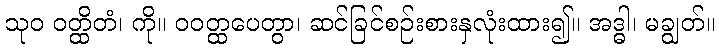
သုဝ ဝတ္ထိတံ၊ ကို။ ဝဝတ္ထပေတွာ၊ ဆင်ခြင်စဉ်းစားနှလုံးထား၍။ အဒ္ဓါ၊ မချွတ်။